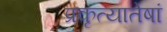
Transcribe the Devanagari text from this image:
प्रकृत्यातेषां